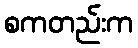
စကတည်းက